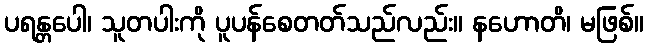
ပရန္တပေါ၊ သူတပါးကို ပူပန်စေတတ်သည်လည်း။ နဟောတိ၊ မဖြစ်။